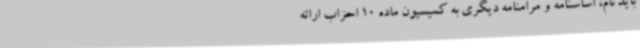
باید نام، اساسنامه و مرامنامه دیگری به کمیسیون ماده 10 احزاب ارائه